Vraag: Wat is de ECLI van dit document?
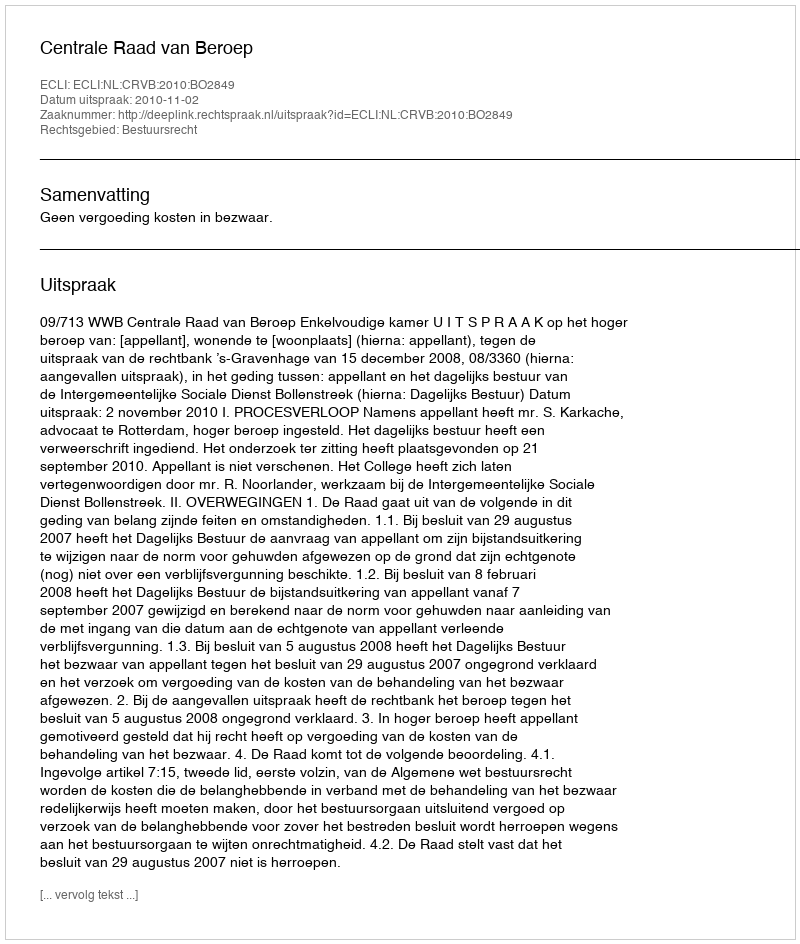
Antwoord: ECLI:NL:CRVB:2010:BO2849